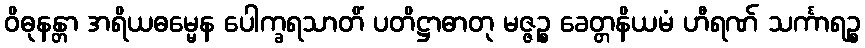
ဝိဓုနန္တာ အရိယဓမ္မေန ပေါက္ခရသာတိံ ပတိဋ္ဌာဓာတု မဇ္ဇဉ္စ ခေတ္တနိယမံ ဟီရဏ် သင်္ကာရဉ္စ